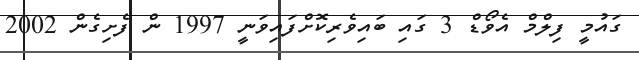
ގައުމީ ފިލްމް އެވޯޑް 3 ގައި ބައިވެރިކޮށްފައިވަނީ 1997 ން ފެށިގެން 2002